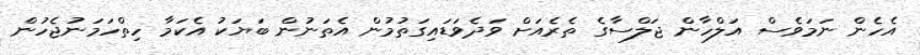
އެހެން ނަމަވެސް އަލްހާން ޖަލްސާގެ ތެރެއަށް ވަދެވަޑައިގަތުމުން އެތަނުން ބަޔަކު އެކަމާ ހިތްހަމަނުޖެހުން